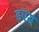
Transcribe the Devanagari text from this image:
इएस